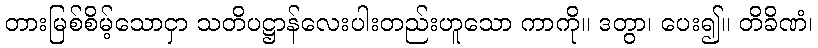
တားမြစ်စိမ့်သောငှာ သတိပဋ္ဌာန်လေးပါးတည်းဟူသော ကာကို။ ဒတွာ၊ ပေး၍။ တိခိဏံ၊